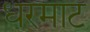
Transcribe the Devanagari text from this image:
धरमाट